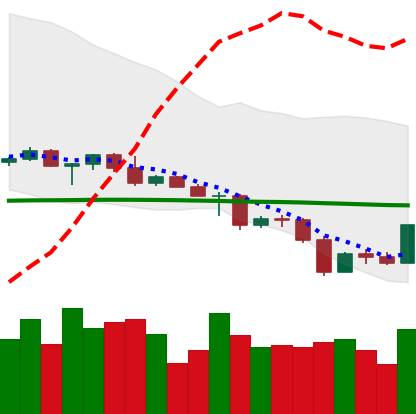
Ticker: ETC-USD
Chart end date: 2022-05-04
Forward return: -25.134%
Label: down_7plus